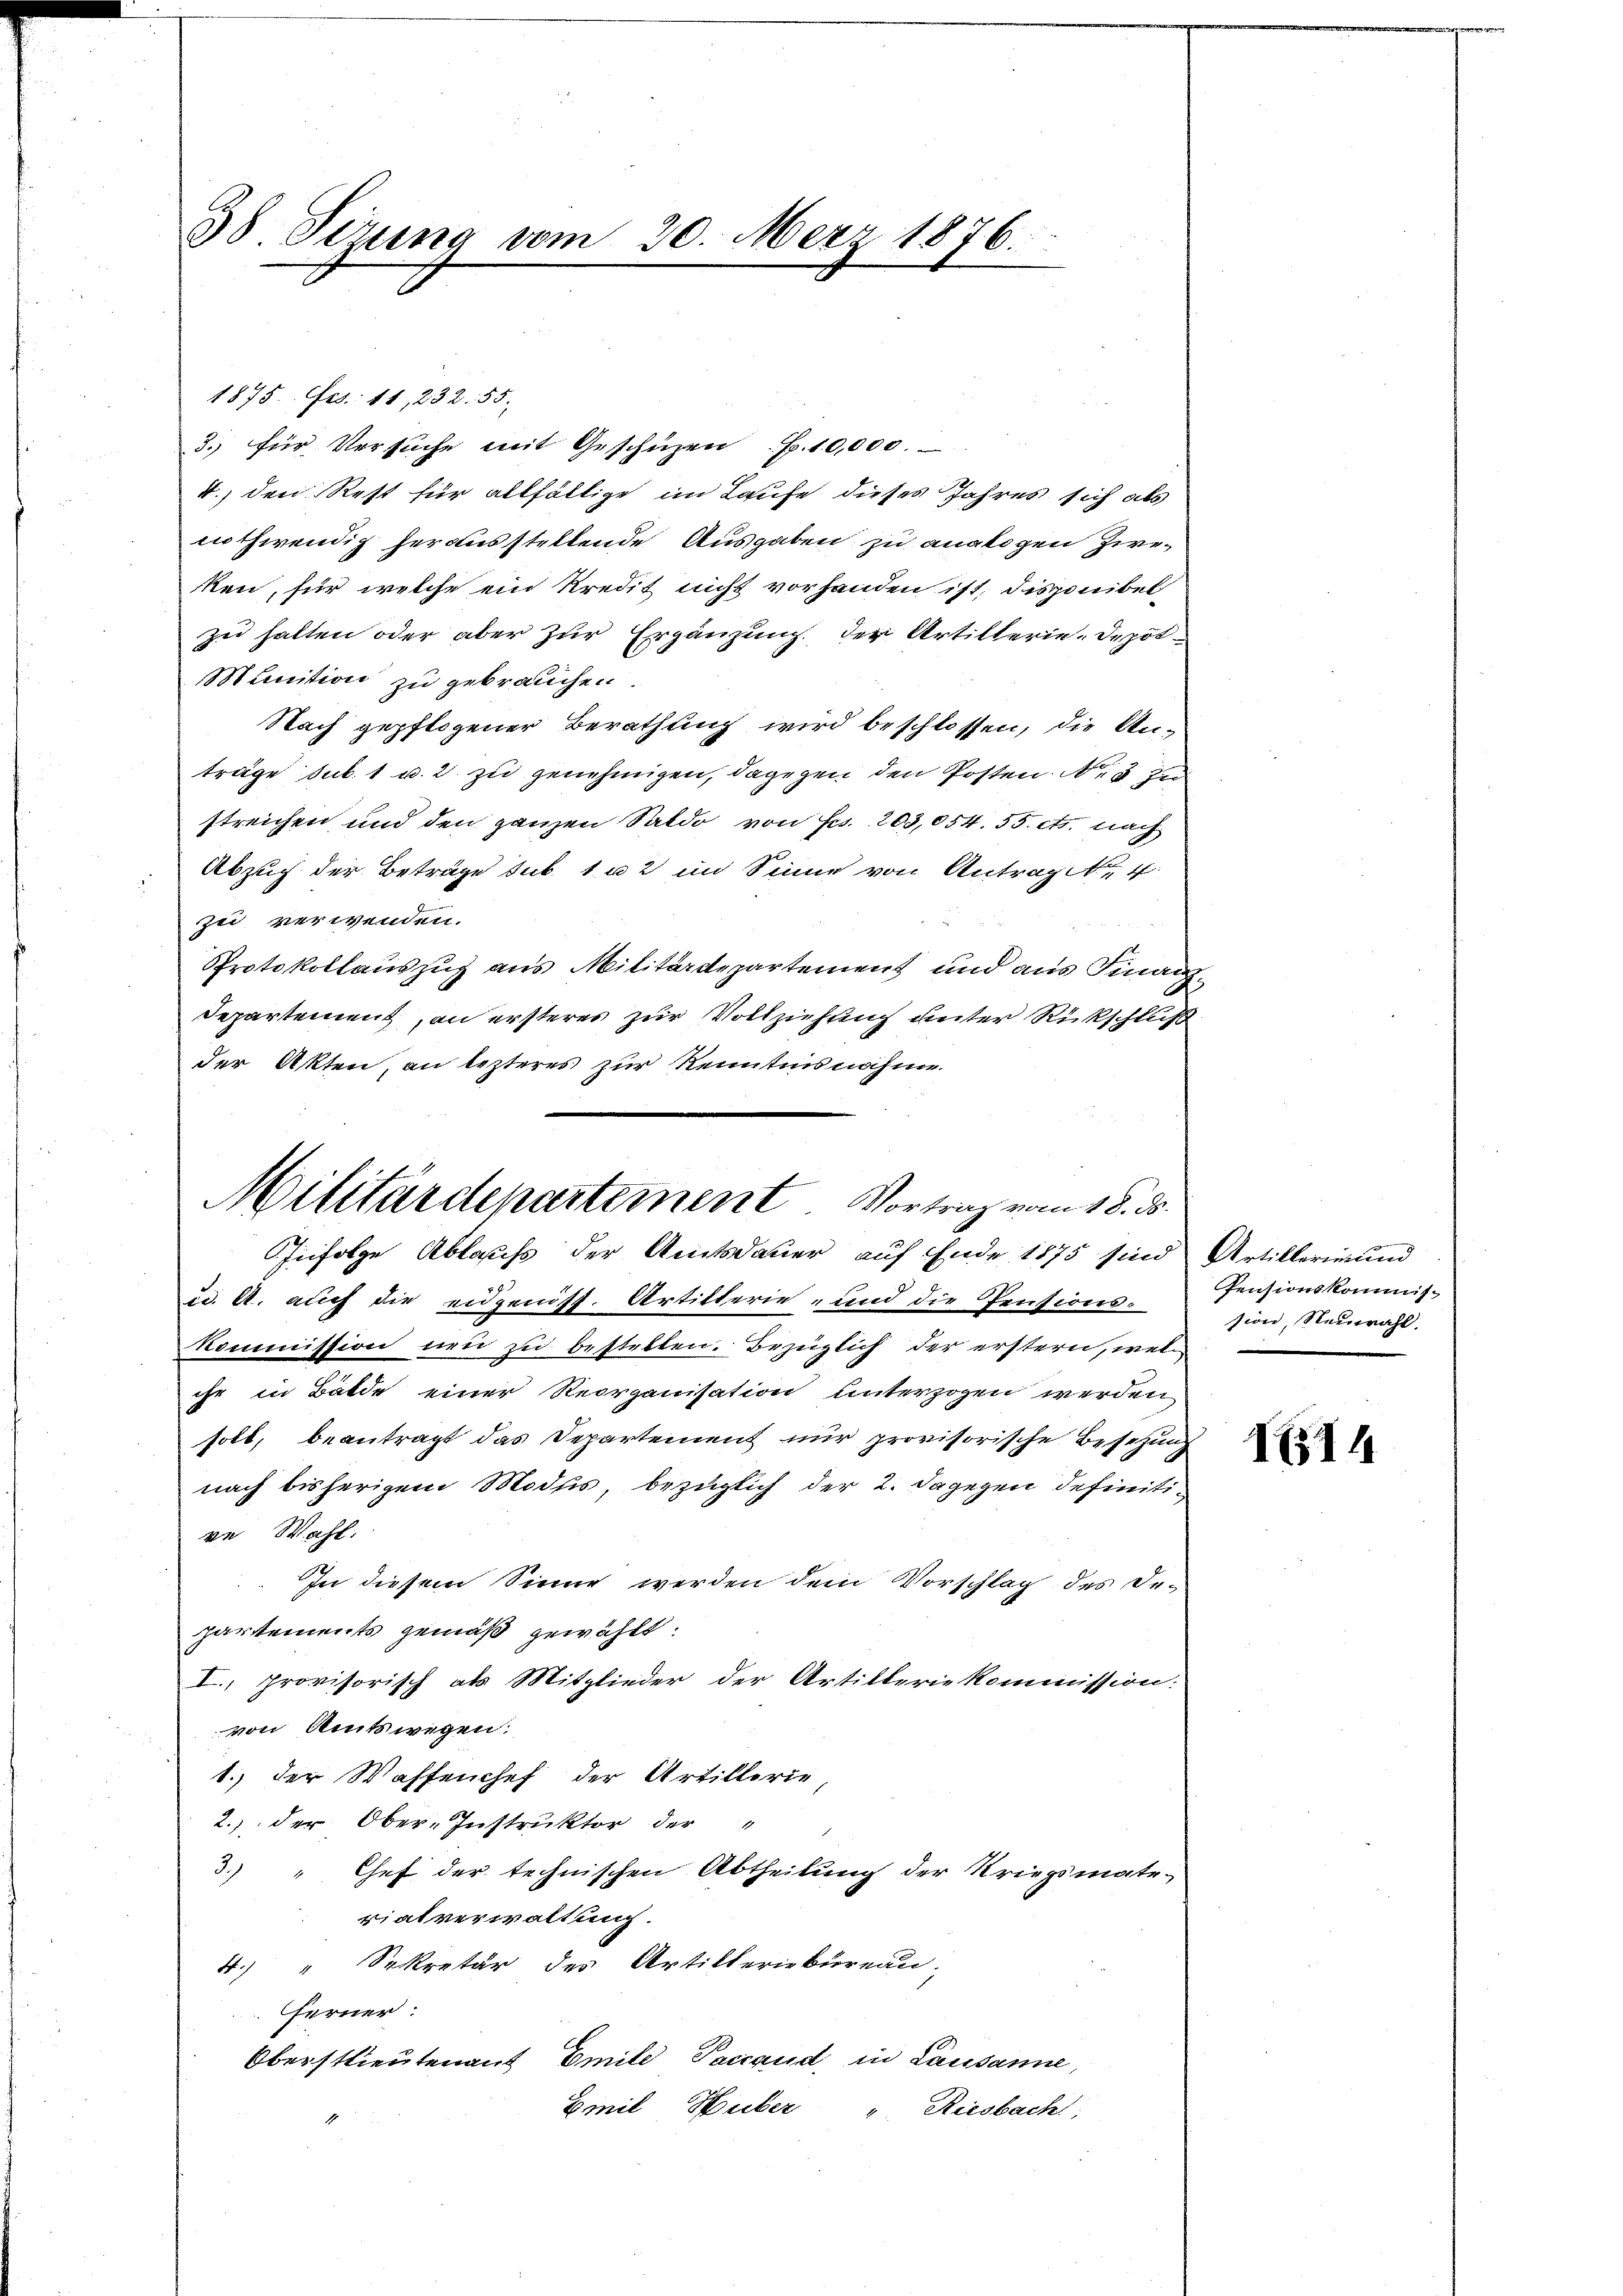
38 Sirung vom 20. Merz 1876.

1875. Ges. 11, 232. 55.
3. für Versuche mit Geschüzen pp. 10,000.
4., den Rest für allfällige im Laufe dieses Jahres sich als
nothwendig herausstellende Ausgaben zu analogen Zierken, für welche ein Kredit nicht vorhanden ist, disponibel
zu halten oder aber zur Ergänzung der Artillerie-Depot-
Munition zu gebrauchen.
Nach gepflogener Berathung wird beschlossen, die Unträge sub. 1 u. 2 zu genehmigen, dagegen den Posten. Nes zu
streichen und den ganzen Saldo von Frs. 203,054. 55. cts. nach
Abzug der Beträge sub 102 im Sinne von Antrage 4
ze verwenden.
Protokollauszug aus Militärdepartement und aus Finanz¬
Departement, an ersteres zur Vollziehung unter Rückschluß
der Akten, an lezteres zur Kenntnisnahme
u. A. auch die eidgeniss. Artitterie- und die Pensions¬
Kommission neu zu bestelten. Bezüglich der erstern, welihr in Bälde einer Reorganisation unterzogen werden
soll, beantragt das Departement nur provisorische Besetzung
nach bisherigem Modus, bezüglich der 2. Dagegen definitive Wahl.
In diesem Sinne werden dem Vorschlag des De-
partements gemäß gewählt:
I., provisorisch als Mitglieder der Artilleriekommission:
von Amtswegen:
1.) der Waffenchef der Artillerie
2.) der Ober-Instruktor der
3)
Chef der technischen Abtheilung der Kriegsmate-
rialverwaltung.
4.) " Sekretär des Artillerinbüreau,
Ferner:
Oberstlieutenauf Emile Saccaud, in Lausanne,
Emil Huber
. Riesbach

Militärdepartement Vortrag vom 18. ds.
Infolge Ablass der Amtsdauer auf Ende 1875 sind Artillerien und

Pensionskommis-
sion, Neuwahl.

I514